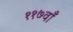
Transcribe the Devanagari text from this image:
११७वाँ